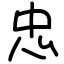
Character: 忠